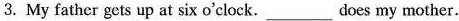
3.My father gets up at six o'clock. ___ does my mother.